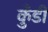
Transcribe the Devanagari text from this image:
कुँडी